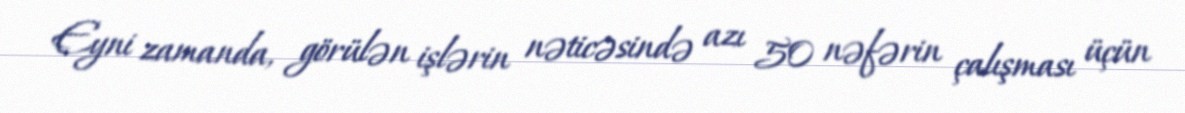
Eyni zamanda, görülən işlərin nəticəsində azı 50 nəfərin çalışması üçün